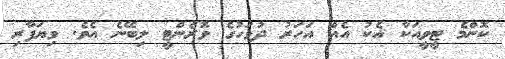
ކޮންމެ ޓީވީއަކާ އެކު އެއް އަހަރު ދުވަހުގެ ވޮރެންޓީ ލިބޭނެ އެވެ. ވިޔަފާރި